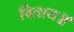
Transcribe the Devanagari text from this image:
बिताय॥